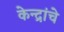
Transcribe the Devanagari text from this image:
केन्द्रांचे